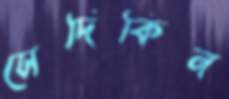
সেদিকিন